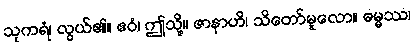
သုကရံ၊ လွယ်၏။ ဧဝံ၊ ဤသို့။ ဇာနာဟိ၊ သိတော်မူလော။ ဓမ္မဿ၊